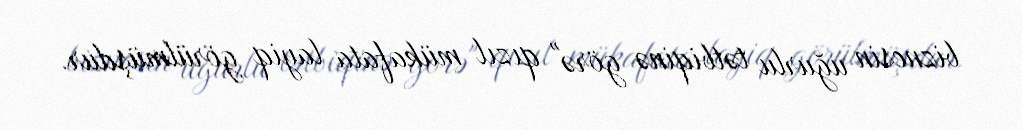
biznesin uğurlu tətbiqinə görə" qızıl mükafata layiq görülmüşdur.